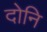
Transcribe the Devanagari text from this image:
दोनि